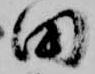
田